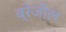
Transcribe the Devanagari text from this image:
ब्रेजील